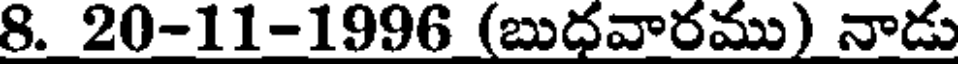
8. 20-11-1996 (బుధవారము) నాడు